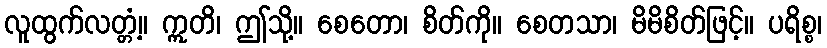
လူထွက်လတ္တံ့။ ဣတိ၊ ဤသို့။ စေတော၊ စိတ်ကို။ စေတသာ၊ မိမိစိတ်ဖြင့်။ ပရိစ္စ၊